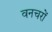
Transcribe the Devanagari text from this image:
वनचरों